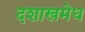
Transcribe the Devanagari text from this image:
दशाखमेध